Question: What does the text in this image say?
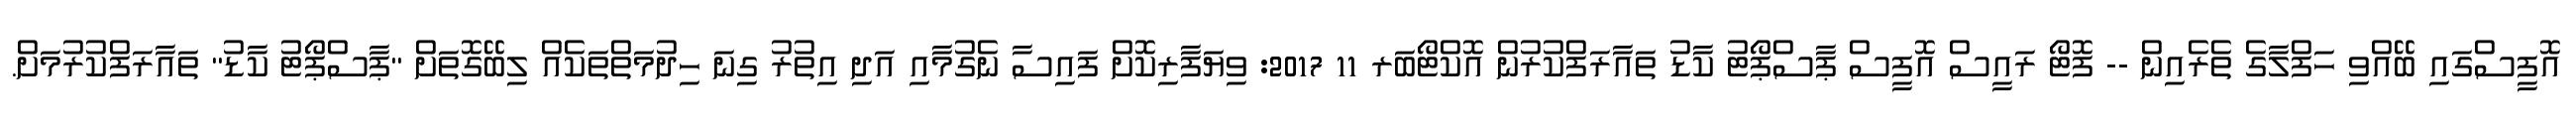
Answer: އޮފީސްގައި ބޭއްވި ހަފްލާގެ ތެރެއިން -- ފޮޓޯ ރައީސް އޮފީސް ޕާސްޕޯޓު ކާޑު ތައާރަފްކުރުން އޮކްޓޯބަރ 11 2017: ވިޔަފާރިކޮށް ފައިސާ ނެގުމާއި އަދި އިތުރު ގިނަ ހިދުމަތްތަކެއް ލިބޭގޮތަށް "ޕާސްޕޯޓު ކާޑު" ތައާރަފްކުރުމަށް.